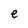
Character: e